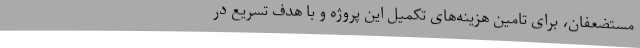
مستضعفان، برای تامین هزینه‌های تکمیل این پروژه و با هدف تسریع در